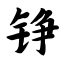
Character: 铮